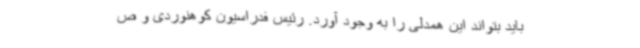
باید بتواند این همدلی را به وجود آورد. رئیس فدراسیون کوهنوردی و ص